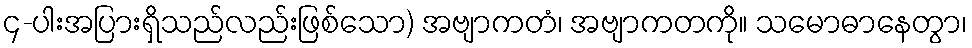
၄-ပါးအပြားရှိသည်လည်းဖြစ်သော) အဗျာကတံ၊ အဗျာကတကို။ သမောဓာနေတွာ၊